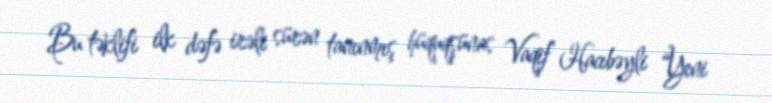
Bu təklifi ilk dəfə irəli sürən tanınmış hüquqşünas Vaqif Hacıbəyli “Yeni